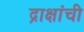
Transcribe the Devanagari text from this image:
द्राक्षांची